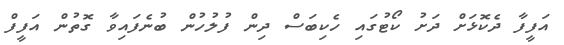
އަފީފާ ދެކޮޅަށް ދަށު ކޯޓުގައި ހެކިބަސް ދިން ފުލުހުން ބުނެފައިވާ ގޮތުން އަފީފް